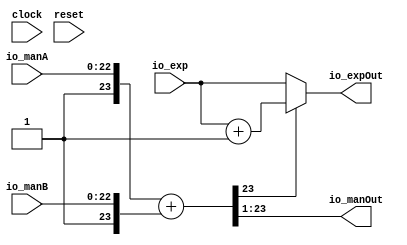
// This program was cloned from: https://github.com/wilfredkisku/CHISEL3-PROJECTS
// License: The Unlicense

module ManAddClass(
  input         clock,
  input         reset,
  input  [22:0] io_manA,
  input  [22:0] io_manB,
  input  [7:0]  io_exp,
  output [22:0] io_manOut,
  output [7:0]  io_expOut
);
  wire [23:0] operandA = {1'h1,io_manA}; // @[Cat.scala 33:92]
  wire [23:0] operandB = {1'h1,io_manB}; // @[Cat.scala 33:92]
  wire [23:0] operandOut = operandA + operandB; // @[ManAddClass.scala 23:26]
  wire [23:0] _io_manOut_T = {{1'd0}, operandOut[23:1]}; // @[ManAddClass.scala 27:30]
  wire [7:0] _io_expOut_T_1 = io_exp + 8'h1; // @[ManAddClass.scala 28:25]
  assign io_manOut = operandOut[23] ? _io_manOut_T[22:0] : _io_manOut_T[22:0]; // @[ManAddClass.scala 26:5 27:15 32:17]
  assign io_expOut = operandOut[23] ? _io_expOut_T_1 : io_exp; // @[ManAddClass.scala 21:13 26:5 28:15]
endmodule